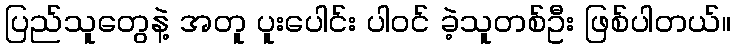
ပြည်သူတွေနဲ့ အတူ ပူးပေါင်း ပါဝင် ခဲ့သူတစ်ဦး ဖြစ်ပါတယ်။